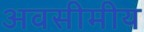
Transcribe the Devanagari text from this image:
अवसीमीय